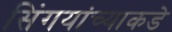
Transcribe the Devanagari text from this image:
सिंगयांच्याकडे